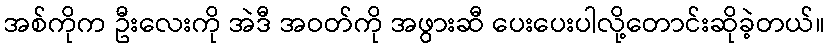
အစ်ကိုက ဦးလေးကို အဲဒီ အဝတ်ကို အဖွားဆီ ပေးပေးပါလို့တောင်းဆိုခဲ့တယ်။